Civil Veterinary Department Bengal reports 1923-33 - 1923-1933
Year: 1923
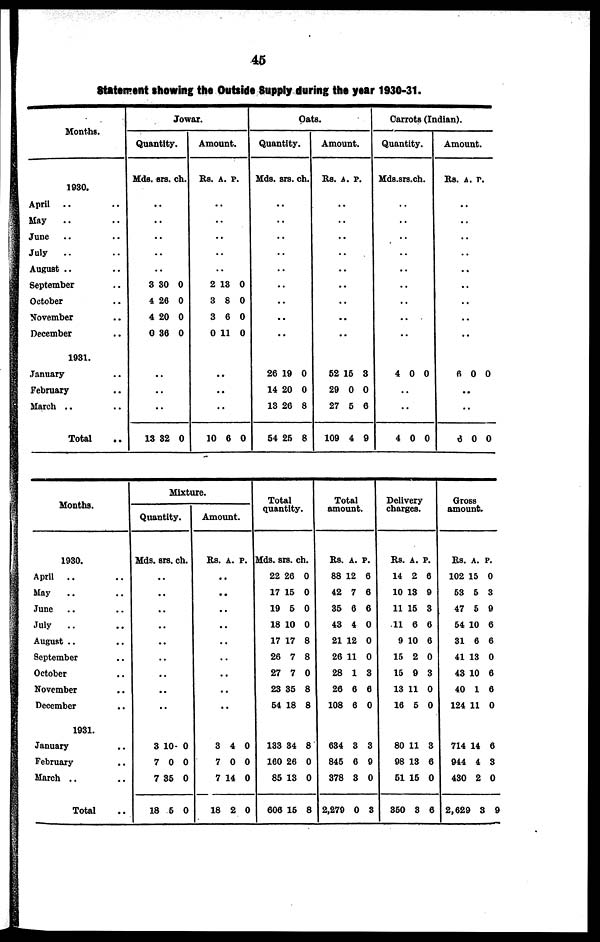
45
Statement showing the Outside Supply during the year 1930-31.
Months.
1930.
April .. ..
May
.. ..
June .. ..
July .. ..
August .. ..
September ..
October ..
November ..
December ..
1931.
January ..
February ..
March .. ..
Total ..
Jowar.
Quantity.
Mds.
..
..
..
..
..
3
4
4
0
..
..
13
srs.
30
26
20
36
..
82
ch.
0
0
0
0
0
Amount.
Rs.
..
..
..
..
..
2
3
3
0
..
10
A.
13
8
6
11
..
..
6
P.
0
0
0
0
0
Oats.
Quantity.
Mds.
..
..
..
..
..
..
..
..
..
26
14
13
54
srs.
19
20
26
25
ch.
0
0
8
8
Amount.
Rs.
..
..
..
..
..
..
..
..
52
29
27
109
A.
..
15
0
5
4
p.
3
0
6
9
Carrots (Indian).
Quantity.
Mds.
..
..
..
..
..
..
..
..
..
4
..
..
4
srs.
0
0
ch.
0
0
Amount.
Rs.
..
..
..
..
..
..
..
..
..
6
..
6
A.
0
..
0
P.
0
0
Months.
1930.
April .. ..
May .. ..
June .. ..
July .. ..
August .. ..
September ..
October .. ..
November ..
December ..
1931.
January ..
February ..
March .. ..
Total ..
Mixture.
Quantity.
Mds. srs. ch.
..
..
..
..
..
..
..
..
..
3 10 0
7 0 0
7 35 0
18 5 0
Amount.
Rs. A. p.
..
..
..
..
..
..
..
..
..
3 4 0
7 0 0
7 14 0
18 2 0
Total
quantity.
Mds. srs. ch.
22 26 0
17 15 0
19 5 0
18 10 0
17 17 8
26 7 8
27 7 0
23 35 8
54 18 8
133 34 8
160 26 0
85 13 0
606 15 8
Total
amount.
Rs. A. p.
88 12 6
42 7 6
35 6 6
43 4 0
21 12 0
26 11 0
28 1 3
26 6 6
108 6 0
634 3 3
845 6 9
378 3 0
2,279 0 3
Delivery
charges.
Rs. A. P.
14 2 6
10 13 9
11 15 3
11 6 6
9 10 6
15 2 0
15 9 3
13 11 0
16 5 0
80 11 3
98 13 6
51 15 0
850 3 6
Gross
amount.
Rs. A. P.
102 15 0
53 5 3
47 5 9
54 10 6
31 6 6
41 13 0
43 10 6
40 1 6
124 11 0
714 14 6
944 4 3
430 2 0
2,629 8 9